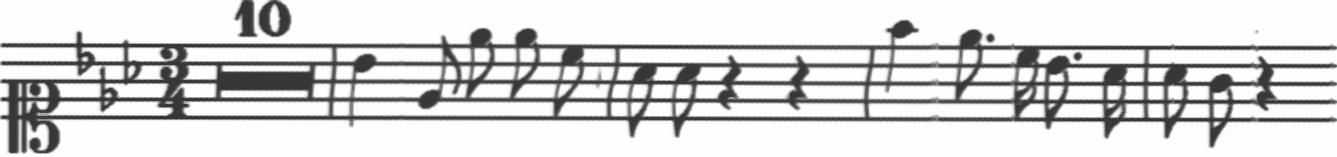
Transcription: clef-C1 keySignature-EbM timeSignature-3/4 multirest-10 barline note-Bb4_quarter note-Eb4_eighth note-Eb5_eighth note-Eb5_eighth note-C5_eighth barline note-Ab4_eighth note-Ab4_eighth rest-quarter rest-quarter barline note-F5_quarter note-Eb5_eighth. note-C5_sixteenth note-Bb4_eighth. note-Ab4_sixteenth barline note-Ab4_eighth note-G4_eighth rest-quarter